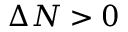
\Delta N > 0